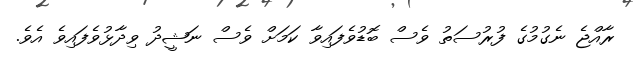
ރާއްޖެ ނެގުމުގެ ފުރުސަތު ވެސް ބޮޑުވެފައިވާ ކަމަށް ވެސް ނަޝީދު ވިދާޅުވެފައިވެ އެވެ.